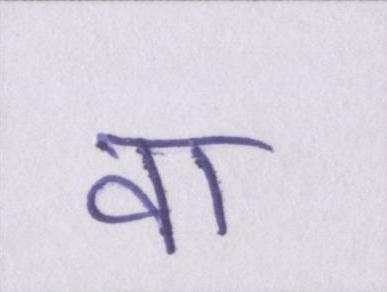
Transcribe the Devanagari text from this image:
वा